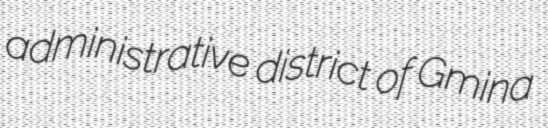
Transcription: administrative district of Gmina